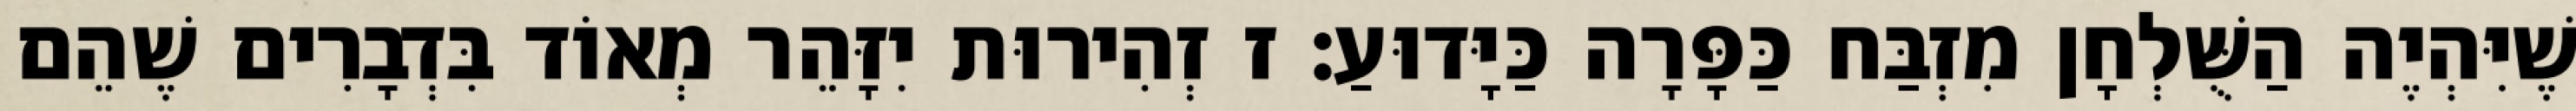
שֶׁיִּהְיֶה הַשֻּׁלְחָן מִזְבַּח כַּפָּרָה כַּיָּדוּעַ: ז זְהִירוּת יִזָּהֵר מְאוֹד בִּדְבָרִים שֶׁהֵם